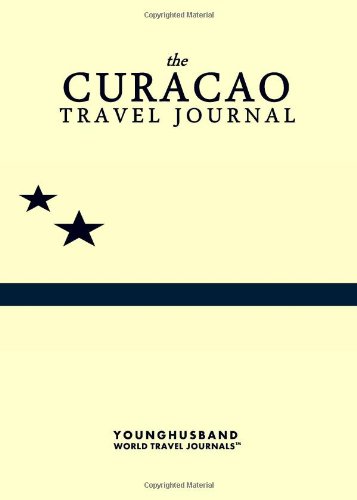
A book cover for The Curacao Travel Journal; Younghusband World Travel Journals; Travel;